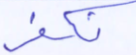
نكفر